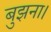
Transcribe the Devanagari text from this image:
बुझना।